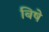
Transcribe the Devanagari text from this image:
बिषे